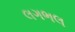
લગભલ